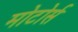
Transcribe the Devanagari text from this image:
मोटोर्स